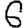
Digit: 6